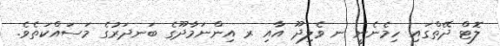
ލޮޓް ދޭތްގައި ހިމެނެނީ ނ ވެލިދޫ އާއި ރ އިންނަމާދޫގެ ބަނދަރުގެ މަސައްކަތެވެ.